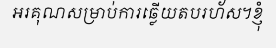
អរគុណសម្រាប់ការឆ្លើយតបរហ័ស។ខ្ញុំ